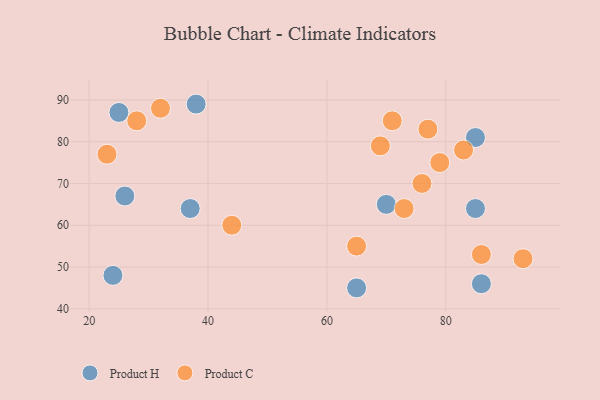
{"axis": {"x": "GDP", "y": "Life Expectancy"}, "legend": ["Product C", "Product H"], "data": [{"x": "26", "y": 67, "type": "Product H"}, {"x": "38", "y": 89, "type": "Product H"}, {"x": "25", "y": 87, "type": "Product H"}, {"x": "37", "y": 64, "type": "Product H"}, {"x": "85", "y": 81, "type": "Product H"}, {"x": "86", "y": 46, "type": "Product H"}, {"x": "70", "y": 65, "type": "Product H"}, {"x": "85", "y": 64, "type": "Product H"}, {"x": "24", "y": 48, "type": "Product H"}, {"x": "65", "y": 45, "type": "Product H"}, {"x": "76", "y": 70, "type": "Product C"}, {"x": "79", "y": 75, "type": "Product C"}, {"x": "77", "y": 83, "type": "Product C"}, {"x": "93", "y": 52, "type": "Product C"}, {"x": "83", "y": 78, "type": "Product C"}, {"x": "86", "y": 53, "type": "Product C"}, {"x": "32", "y": 88, "type": "Product C"}, {"x": "65", "y": 55, "type": "Product C"}, {"x": "73", "y": 64, "type": "Product C"}, {"x": "69", "y": 79, "type": "Product C"}, {"x": "23", "y": 77, "type": "Product C"}, {"x": "44", "y": 60, "type": "Product C"}, {"x": "28", "y": 85, "type": "Product C"}, {"x": "71", "y": 85, "type": "Product C"}]}